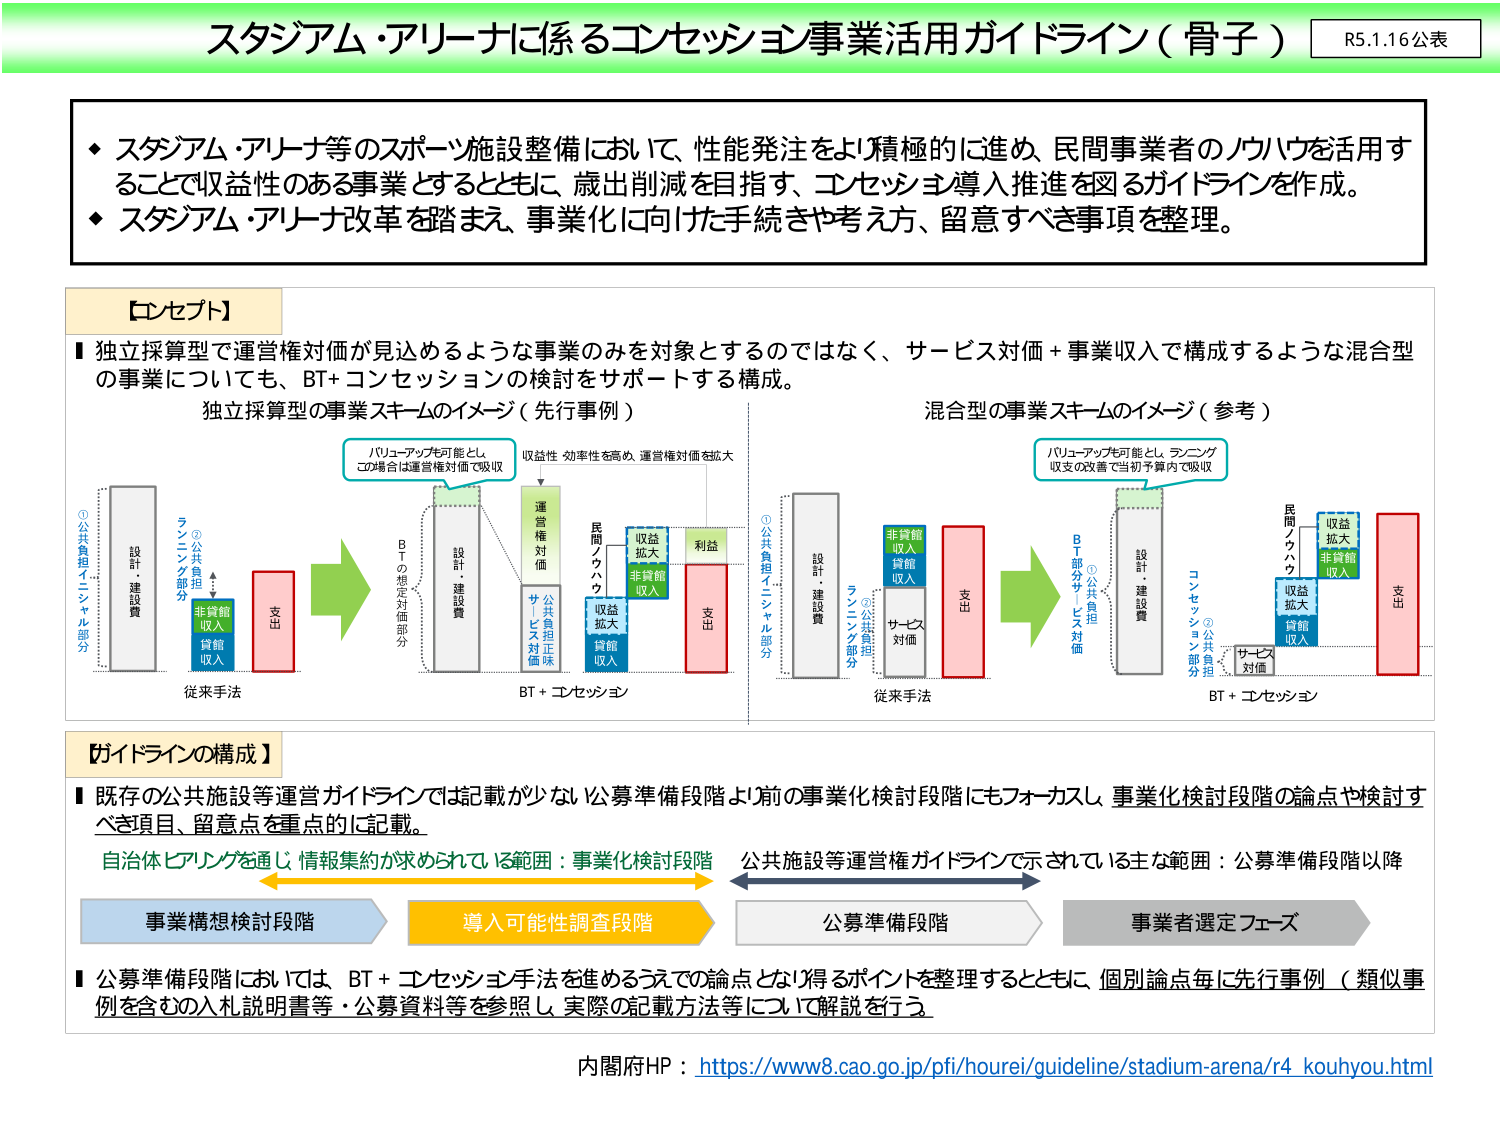
スタジアム・アリーナに係るコンセッション事業活用ガイドライン（骨子）
R5.1.16公表

◆ スタジアム・アリーナ等のスポーツ施設整備において、性能発注をより積極的に進め、民間事業者のノウハウを活用することで収益性のある事業とするとともに、歳出削減を目指す、コンセッション導入推進を図るガイドラインを作成。
◆ スタジアム・アリーナ改革を踏まえ、事業化に向けた手続きや考え方、留意すべき事項を整理。

【コンセプト】
■ 独立採算型で運営権対価が見込めるような事業のみを対象とするのではなく、サービス対価＋事業収入で構成するような混合型の事業についても、BT＋コンセッションの検討をサポートする構成。

独立採算型の事業スキームのイメージ（先行事例）
混合型の事業スキームのイメージ（参考）

①公共負担イニシャル部分
設計・建設費
②公共負担ランニング部分
非貸館収入
貸館収入
支出

従来手法
→
BT＋コンセッション

バリューアップを可能とし、
この場合は運営権対価で吸収

収益性・効率性を高め、運営権対価を拡大

運営権対価
公共負担正味
サービス対価
民間ノウハウ
収益拡大
非貸館収入
貸館収入
利益
支出

①公共負担イニシャル部分
設計・建設費
②公共負担ランニング部分
非貸館収入
貸館収入
サービス対価
支出

従来手法
→
BT＋コンセッション

バリューアップを可能とし、ランニング収支の改善で当初予算内で吸収

BT部分サービス対価
①公共負担
設計・建設費
コンセッション②公共負担部分
サービス対価
民間ノウハウ
収益拡大
非貸館収入
貸館収入
支出

【ガイドラインの構成】
■ 既存の公共施設等運営ガイドラインでは記載が少ない公募準備段階より前の事業化検討段階にもフォーカスし、事業化検討段階の論点や検討すべき項目、留意点を重点的に記載。

自治体ヒアリングを通じ、情報集約が求められている範囲：事業化検討段階
←→
公共施設等運営権ガイドラインで示されている主な範囲：公募準備段階以降

事業構想検討段階
→
導入可能性調査段階
→
公募準備段階
→
事業者選定フェーズ

■ 公募準備段階においては、BT＋コンセッション手法を進めるうえでの論点となり得るポイントを整理するとともに、個別論点毎に先行事例（類似事例を含む）の入札説明書等・公募資料等を参照し、実際の記載方法等について解説を行う。

内閣府HP：https://www8.cao.go.jp/pfi/hourei/guideline/stadium-arena/r4_kouhyou.html